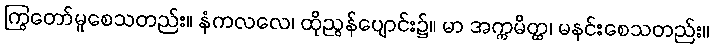
ကြွတော်မူစေသတည်း။ နံကလလေ၊ ထိုညွန်ပျောင်း၌။ မာ အက္ကမိတ္ထ၊ မနင်းစေသတည်း။